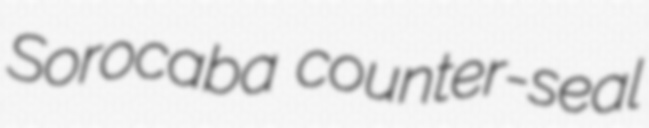
Sorocaba counter-seal